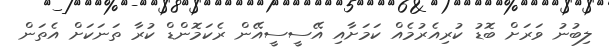
ލިބުނު ވަރަށް ބޮޑު ކުރިއެރުމެއް ކަމަށާއި އޭސީސީއޭން ރެކަމޮންޑް ކުރާ ތަނަކަށް އެތަން